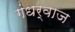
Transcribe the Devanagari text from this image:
गंधर्वाज